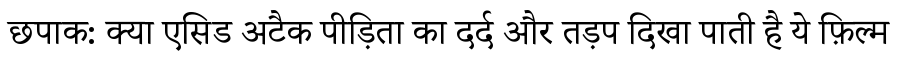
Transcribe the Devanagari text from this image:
छपाक: क्या एसिड अटैक पीड़िता का दर्द और तड़प दिखा पाती है ये फ़िल्म